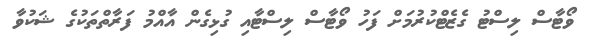
ވޯޓާސް ލިސްޓު ގެޒެޓްކުރުމަށް ފަހު ވޯޓާސް ލިސްޓާއި ގުޅިގެން އާއްމު ފަރާތްތަކުގެ ޝަކުވާ